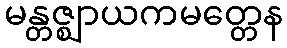
မန္တဇ္ဈာယကမတ္တေန